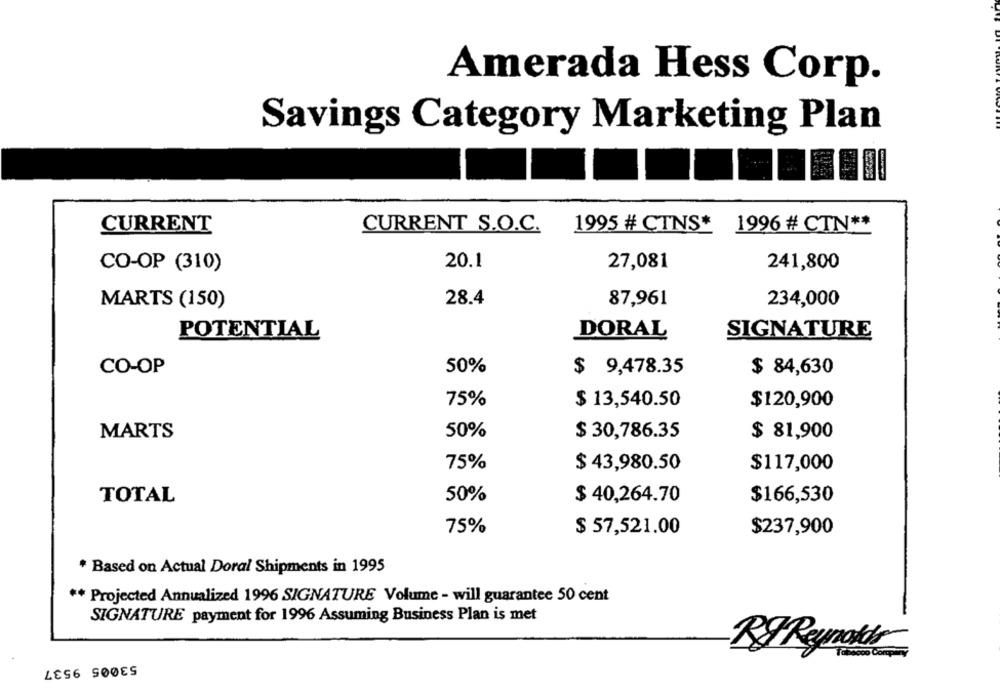
Amerada Hess Corp.
Savings Category Marketing Plan
CURRENT
CURRENT S.O.C.
1995 # CTNS*
1996 # CTN **
20.1
27,081
CO-OP (310)
241,800
MARTS (150)
28.4
87,961
234,000
POTENTIAL
DORAL
SIGNATURE
CO-OP
50%
$ 9,478.35
$ 84,630
75%
$ 13,540.50
$120,900
MARTS
50%
$ 30,786.35
$ 81,900
75%
$ 43,980.50
$117,000
TOTAL
50%
$ 40,264.70
$166,530
75%
$ 57,521.00
$237,900
* Based on Actual Doral Shipments in 1995
** Projected Annualized 1996 SIGNATURE Volume - will guarantee 50 cent
SIGNATURE payment for 1996 Assuming Business Plan is met
Ry Reynolds
53005 9537